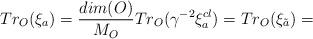
LaTeX: \begin{align*}Tr_O (\xi_a)=\frac{dim(O)}{M_O} Tr_O(\gamma^{-2} \xi^{cl}_a)= Tr_O (\xi_{\tilde a})=\end{align*}